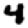
Digit: 4